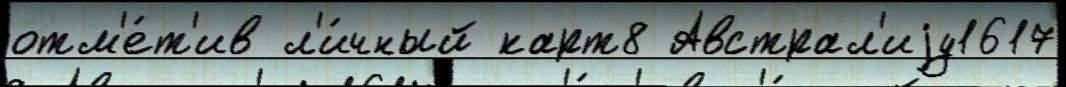
отм'е́т'ив л'и́чный карт8 Австрал'иjу1617